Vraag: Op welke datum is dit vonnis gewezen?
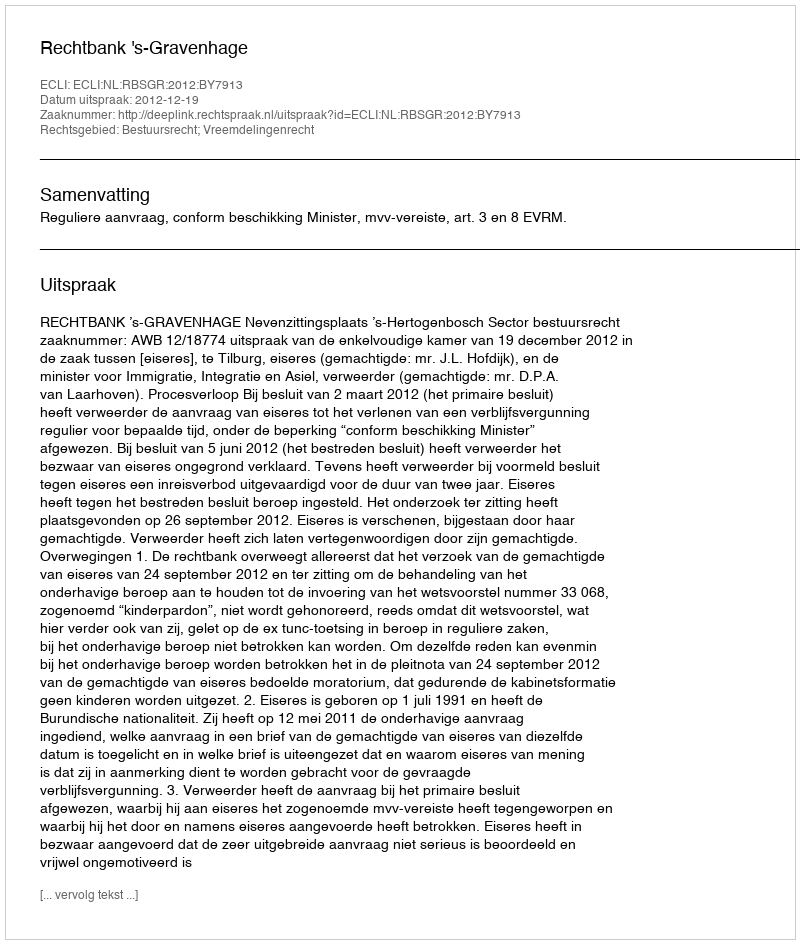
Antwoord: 2012-12-19